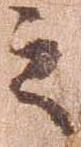
之